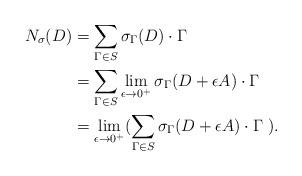
LaTeX: \begin{align*}N_{\sigma} (D) & = \sum_{\Gamma\in S} \sigma_{\Gamma}(D) \cdot \Gamma \\ & = \sum_{\Gamma \in S} \lim_{\epsilon \to 0^+} \sigma_{\Gamma} (D+ \epsilon A) \cdot \Gamma \\ & = \lim_{\epsilon \to 0^+} ( \sum_{\Gamma\in S} \sigma_{\Gamma}(D+ \epsilon A) \cdot \Gamma \ ) . \end{align*}